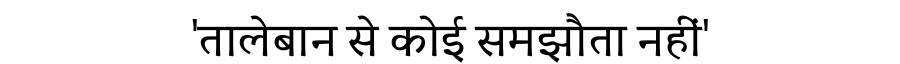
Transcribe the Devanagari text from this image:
'तालेबान से कोई समझौता नहीं'